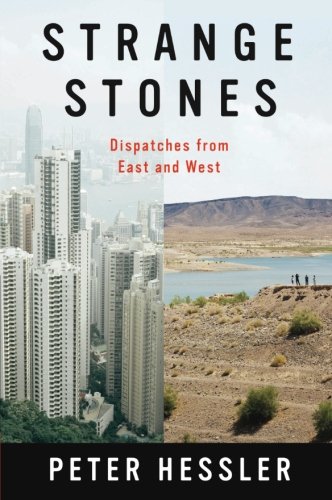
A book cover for Strange Stones: Dispatches from East and West; Peter Hessler; Biographies & Memoirs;